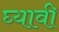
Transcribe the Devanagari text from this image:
घ्‍यावी